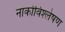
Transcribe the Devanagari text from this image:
नार्कोविश्लेषण